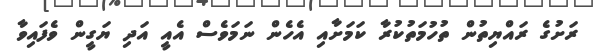
ރަށުގެ ރައްޔިތުން ތުހުމަތުކުރާ ކަމަށާއި އެހެން ނަމަވެސް އެއީ އަދި ޔަގީން ވެފައިވާ